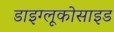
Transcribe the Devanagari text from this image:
डाइग्लूकोसाइड